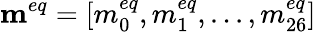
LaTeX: {{\mathbf{m}}^{eq}}=[m_{0}^{eq},m_{1}^{eq},...,m_{26}^{eq}]